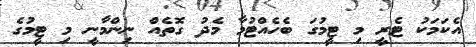
އެކަމަކު ޓެރީ މި ޓީމުގަ ބެހެއްޓުމާ މެދު ގޮތެއް ނިންމާނީ މި ޓީމުގެ